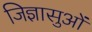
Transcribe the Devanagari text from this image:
जिज्ञासुओं